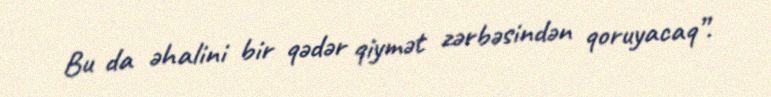
Bu da əhalini bir qədər qiymət zərbəsindən qoruyacaq”.